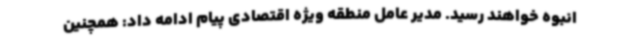
انبوه خواهند رسید. مدیر عامل منطقه ویژه اقتصادی پیام ادامه داد: همچنین